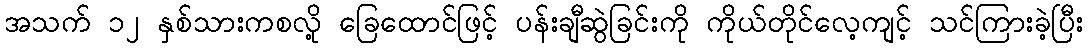
အသက် ၁၂ နှစ်သားကစလို့ ခြေထောင်ဖြင့် ပန်းချီဆွဲခြင်းကို ကိုယ်တိုင်လေ့ကျင့် သင်ကြားခဲ့ပြီး